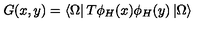
G ( x , y ) = \left< \Omega \right| T \phi _ { H } ( x ) \phi _ { H } ( y ) \left| \Omega \right>